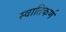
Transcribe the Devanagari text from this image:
स्वातिकर्ण